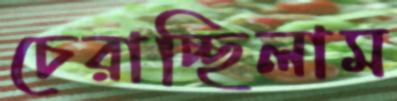
চেরাচ্ছিলাম